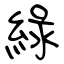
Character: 綠